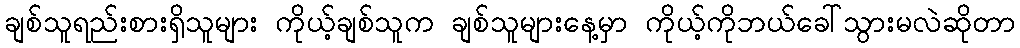
ချစ်သူရည်းစားရှိသူများ ကိုယ့်ချစ်သူက ချစ်သူများနေ့မှာ ကိုယ့်ကိုဘယ်ခေါ်သွားမလဲဆိုတာ